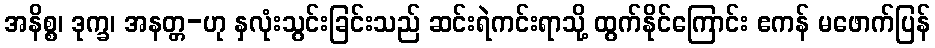
အနိစ္စ၊ ဒုက္ခ၊ အနတ္တ-ဟု နှလုံးသွင်းခြင်းသည် ဆင်းရဲကင်းရာသို့ ထွက်နိုင်ကြောင်း ဧကန် မဖောက်ပြန်